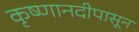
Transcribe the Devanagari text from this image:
कृष्णानदीपासून